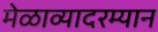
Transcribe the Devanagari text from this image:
मेळाव्यादरम्यान